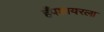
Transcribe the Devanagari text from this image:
हँपशायरला